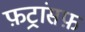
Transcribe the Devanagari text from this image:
फ़ट्रांसफ़